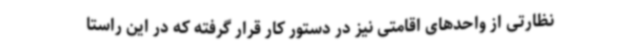
نظارتی از واحدهای اقامتی نیز در دستور کار قرار گرفته که در این راستا